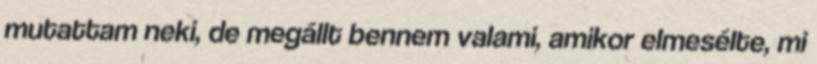
mutattam neki, de megállt bennem valami, amikor elmesélte, mi